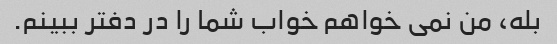
بله، من نمی خواهم خواب شما را در دفتر ببینم.